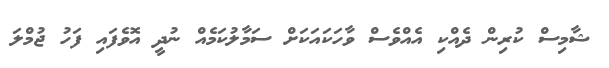
ޝާމިސް ކުރިން ދެއްކި އެއްވެސް ވާހަކައަކަށް ސަމާލުކަމެއް ނުދީ އޮވެފައި ފަހު ޖުމްލަ